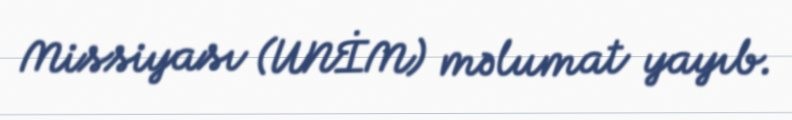
Missiyası (UNİM) məlumat yayıb.